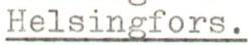
Helsingfors.